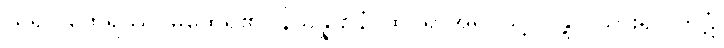
ယူ၍။ ထေရဿ၊ မထေရ်၏။ နိသိန္နဌာနံ၊ ထိုင်ရာအရပ်သို့။ ဂန္တွာ၊ သွား၍။ ကုဋံ၊